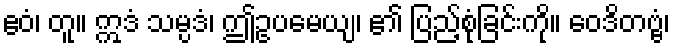
ဧဝံ၊ တူ။ ဣဒံ သမ္ပဒံ၊ ဤဥပမေယျ၊ ၏ ပြည့်စုံခြင်းကို။ ဝေဒိတဗ္ဗံ၊